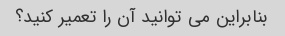
بنابراین می توانید آن را تعمیر کنید؟